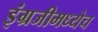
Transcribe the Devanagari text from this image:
इंग्रजीमध्येच